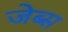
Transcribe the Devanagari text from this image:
जेब्स